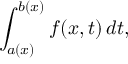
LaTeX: \int _ { a ( x ) } ^ { b ( x ) } f ( x , t ) \, d t ,